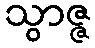
သွာဇ္ဇ